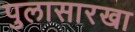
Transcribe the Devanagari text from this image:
पुलासारखा